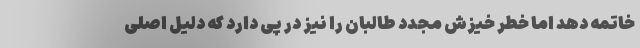
خاتمه دهد اما خطر خیزش مجدد طالبان را نیز در پی دارد که دلیل اصلی